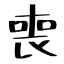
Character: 喪